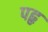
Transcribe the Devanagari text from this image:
पहृ